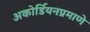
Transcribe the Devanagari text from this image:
अकोर्डियनप्रमाणे